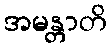
အမန္တာတိ